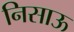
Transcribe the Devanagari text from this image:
निसाऊ